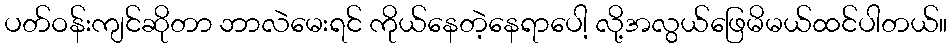
ပတ်ဝန်းကျင်ဆိုတာ ဘာလဲမေးရင် ကိုယ်နေတဲ့နေရာပေါ့ လို့အလွယ်ဖြေမိမယ်ထင်ပါတယ်။